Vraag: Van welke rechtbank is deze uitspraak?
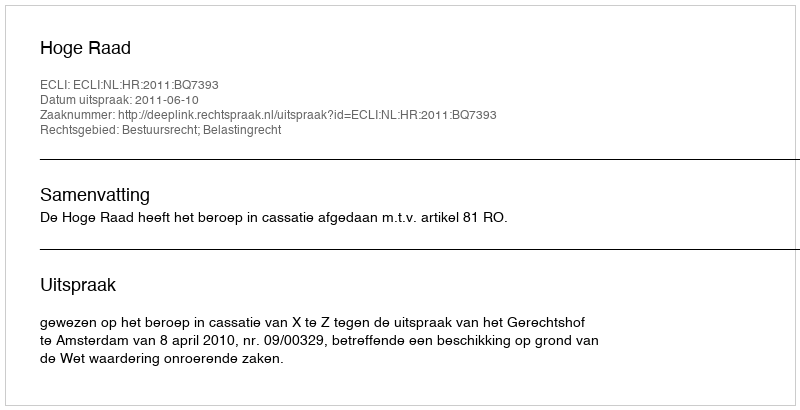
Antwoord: Hoge Raad